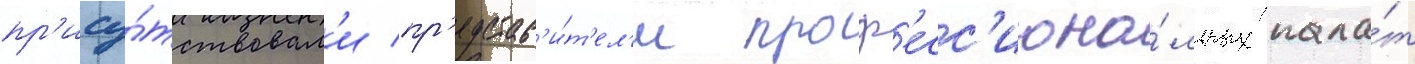
пр'ису́тствовал'и пр'едстав'и́т'ел'и проф'есс'иона́льных пала́т